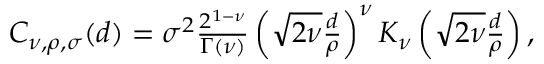
\begin{array} { r } { C _ { \nu , \rho , \sigma } ( d ) = \sigma ^ { 2 } { \frac { 2 ^ { 1 - \nu } } { \Gamma ( \ensuremath { \boldsymbol \nu } ) } } \left( \sqrt { 2 \nu } { \frac { d } { \rho } } \right) ^ { \nu } K _ { \nu } \left( \sqrt { 2 \nu } { \frac { d } { \rho } } \right) , } \end{array}